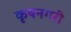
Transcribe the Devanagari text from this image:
कृषनगरी